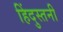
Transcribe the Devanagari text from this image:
हिंदुस्तनी